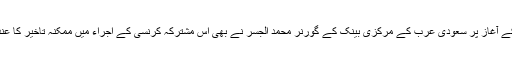
رواں ماہ کے آغاز پر سعودی عرب کے مرکزی بینک کے گورنر محمد الجسر نے بھی اس مشترکہ کرنسی کے اجراء میں ممکنہ تاخیر کا عندیہ دیا تھا۔